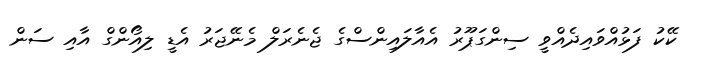
ކޭކު ފަޅުއްވައިދެއްވީ ސިންގަޕޫރު އެއާލައިންސްގެ ޖެނެރަލް މެނޭޖަރު އެޑީ ލިއޯންގް އާއި ސަން